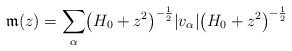
LaTeX: \begin{align*} \mathfrak{m} (z) = \sum_\alpha \bigl( H_0 + z^2 \bigr)^{-\frac 12} |v_\alpha |\bigl( H_0 + z^2 \bigr)^{-\frac 12}\end{align*}